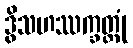
ဒွိသဟဿက္ခတ္တုံ